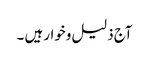
آج ذلیل وخوار ہیں ۔